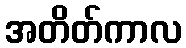
အတိတ်ကာလ